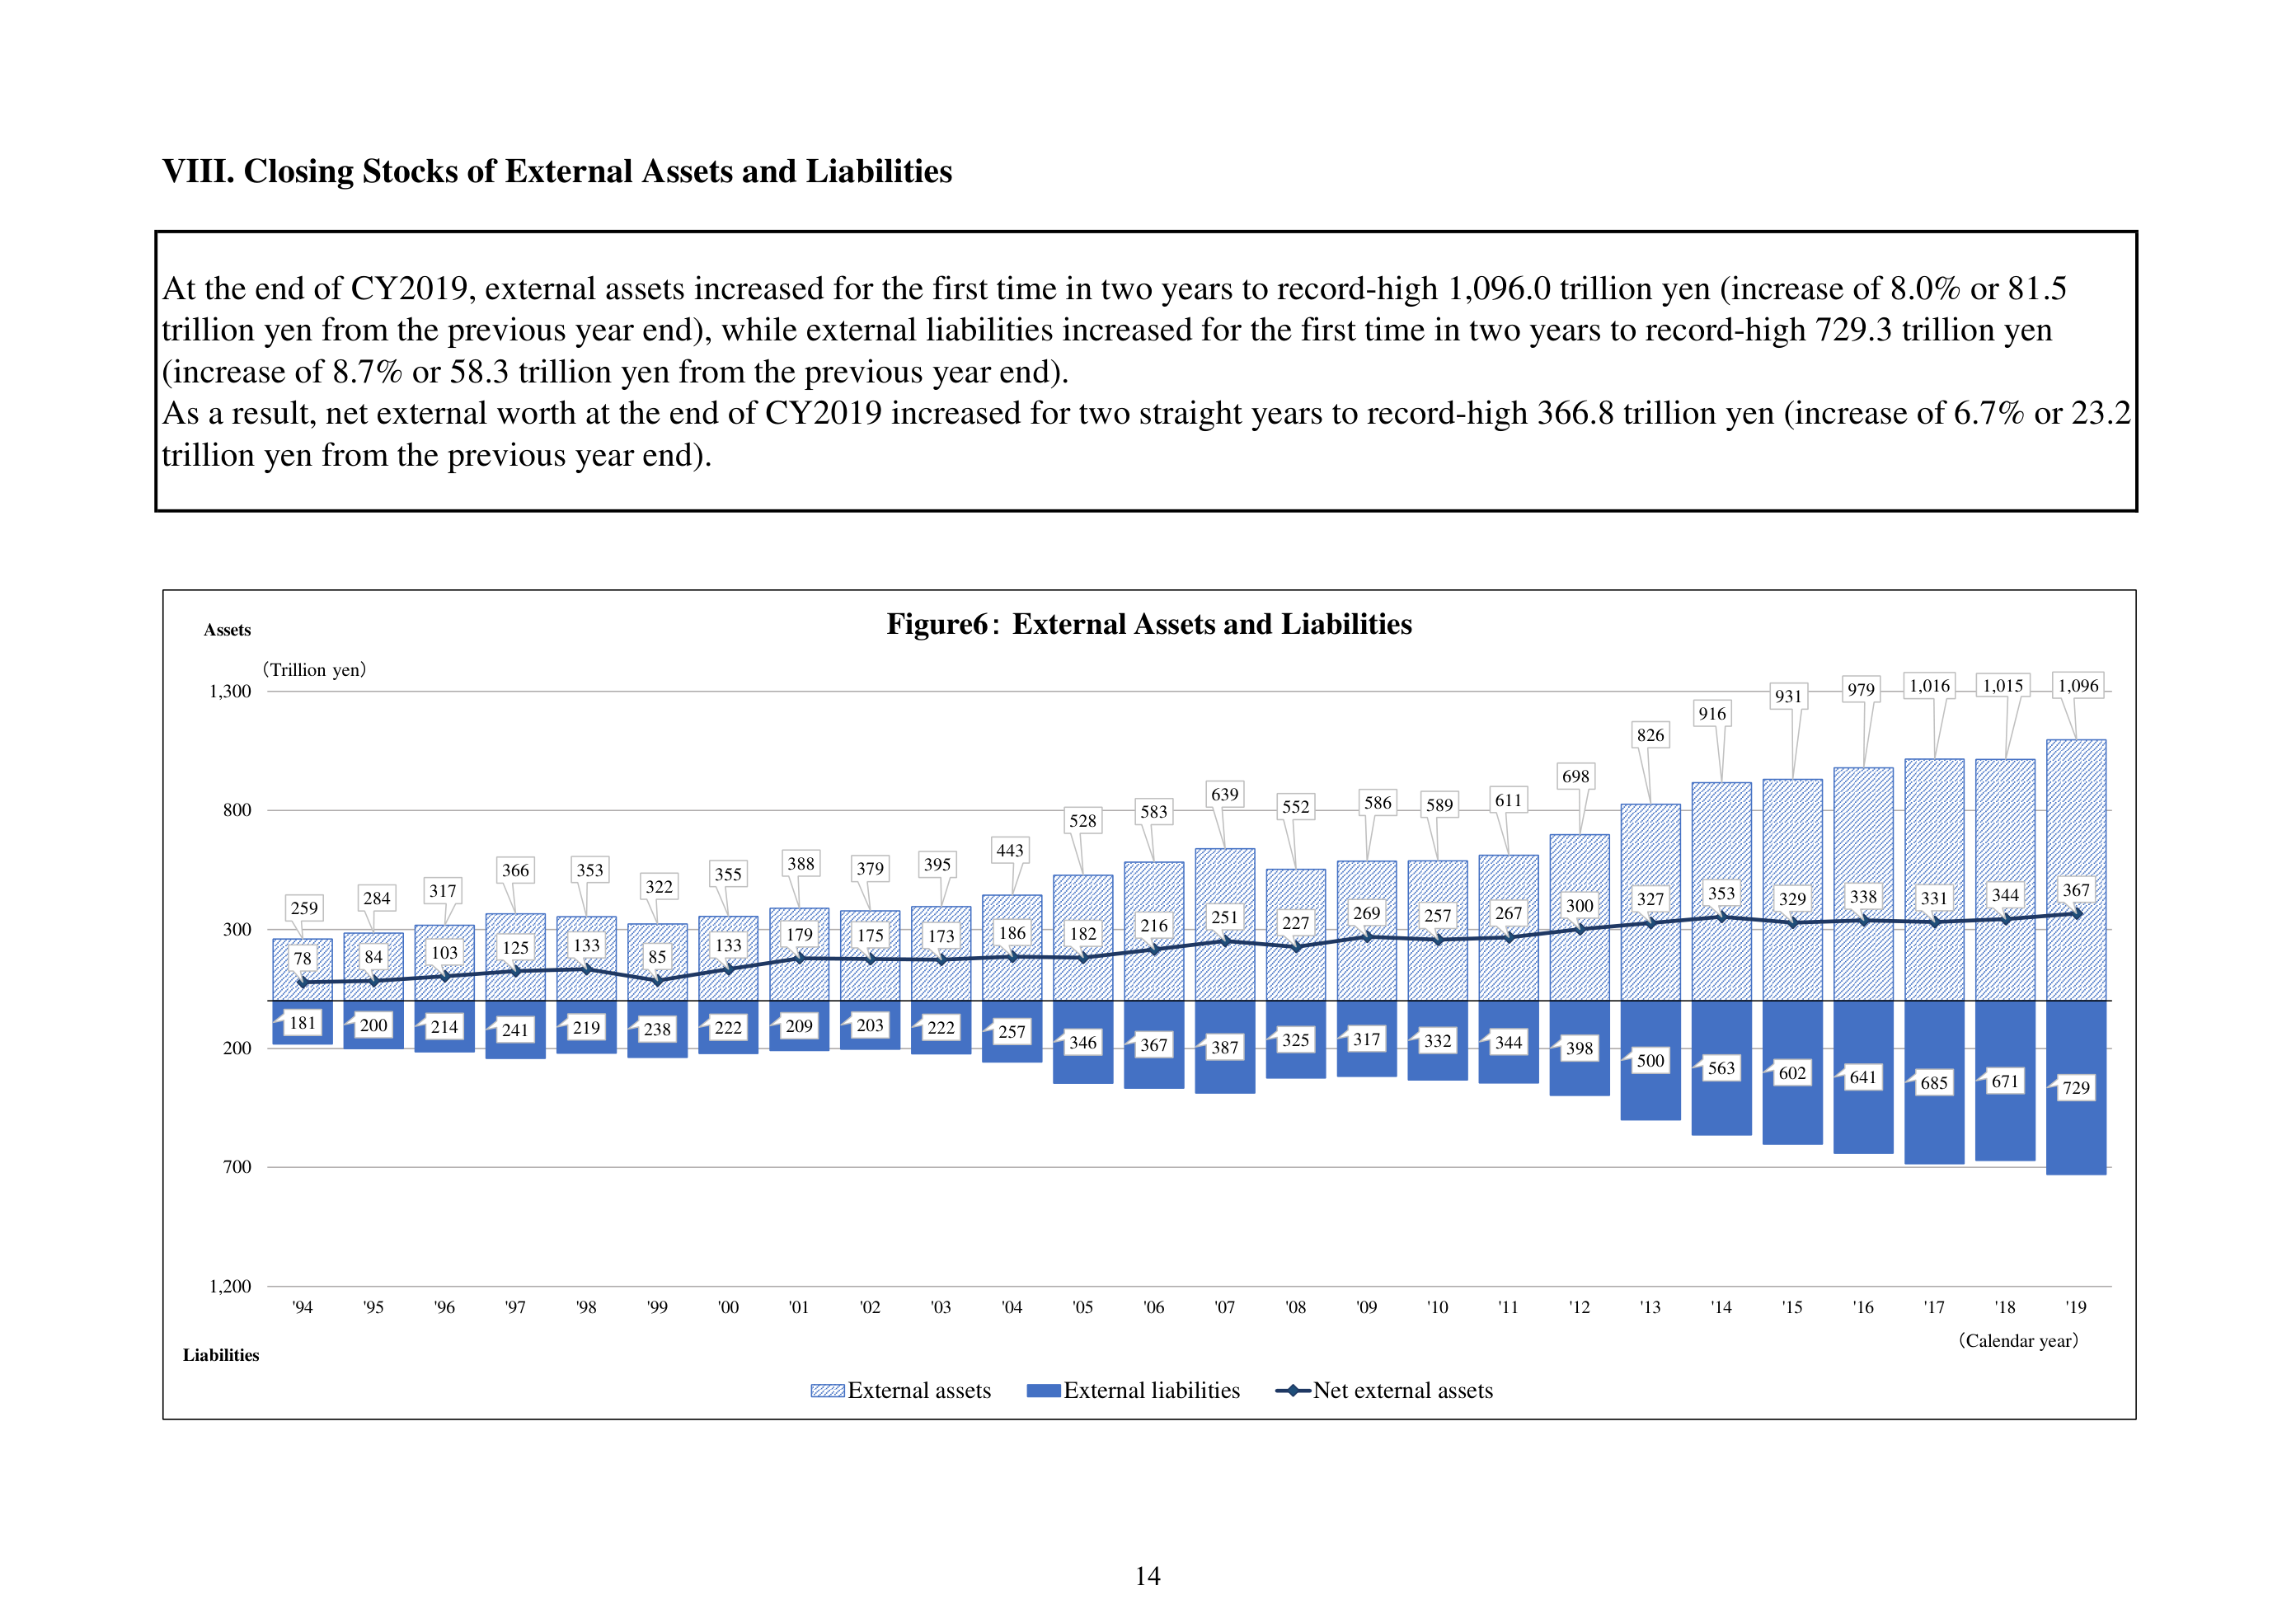
VIII. Closing Stocks of External Assets and Liabilities

At the end of CY2019, external assets increased for the first time in two years to record-high 1,096.0 trillion yen (increase of 8.0% or 81.5 trillion yen from the previous year end), while external liabilities increased for the first time in two years to record-high 729.3 trillion yen (increase of 8.7% or 58.3 trillion yen from the previous year end).
As a result, net external worth at the end of CY2019 increased for two straight years to record-high 366.8 trillion yen (increase of 6.7% or 23.2 trillion yen from the previous year end).

Figure6: External Assets and Liabilities

Assets
(Trillion yen)
1,300
800
300
200
700
1,200
'94 '95 '96 '97 '98 '99 '00 '01 '02 '03 '04 '05 '06 '07 '08 '09 '10 '11 '12 '13 '14 '15 '16 '17 '18 '19
(Calendar year)
Liabilities

259
78
181
284
84
200
317
103
214
366
125
241
353
133
219
322
85
238
355
133
222
388
179
209
379
175
203
395
173
222
443
186
257
528
182
346
583
216
367
639
251
387
552
227
325
586
269
317
589
257
332
611
267
344
698
300
398
826
327
500
916
353
563
931
329
602
979
338
641
1,016
331
685
1,015
344
671
1,096
367
729

External assets
External liabilities
Net external assets

14